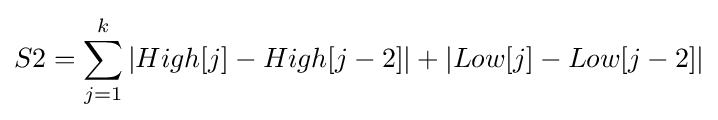
S2=\sum _{j=1}^{k}|High[j]-High[j-2]|+|Low[j]-Low[j-2]|